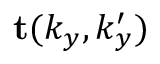
\mathbf { t } ( k _ { y } , k _ { y } ^ { \prime } )